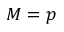
M = p